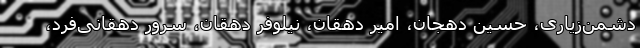
دشمن‌زیاری، حسین دهجان، امیر دهقان، نیلوفر دهقان، سرور دهقانی‌فرد،